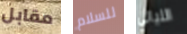
مقابل للسلام الليالي